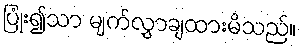
ပြုံး၍သာ မျက်လွှာချထားမိသည်။